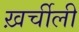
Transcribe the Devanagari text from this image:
ख़र्चीली